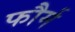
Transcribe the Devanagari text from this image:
फौर्म